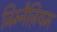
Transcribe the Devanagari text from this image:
जिम्नैज़ियम